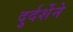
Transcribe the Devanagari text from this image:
दुर्दर्शेने